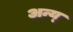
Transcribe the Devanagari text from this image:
अन्य्